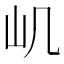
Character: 㞦